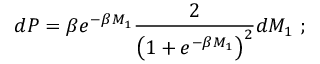
d P = \beta e ^ { - \beta M _ { 1 } } \frac { 2 } { \left( 1 + e ^ { - \beta M _ { 1 } } \right) ^ { 2 } } d M _ { 1 } \, \, ;